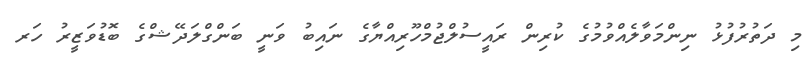
މި ދަތުރުފުޅު ނިންމަވާލެއްވުމުގެ ކުރިން ރައީސުލްޖުމްހޫރިއްޔާގެ ނައިބު ވަނީ ބަންގްލަދޭޝްގެ ބޮޑުވަޒީރު ހަރ